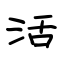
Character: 活